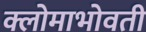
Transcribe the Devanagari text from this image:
क्लोमाभोवती